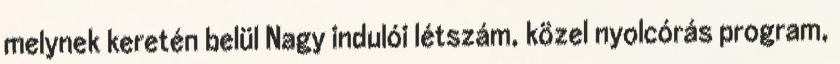
melynek keretén belül Nagy indulói létszám, közel nyolcórás program,